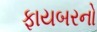
ફાયબરનો